Physiological action of certain drugs in tablet form - Number 52A
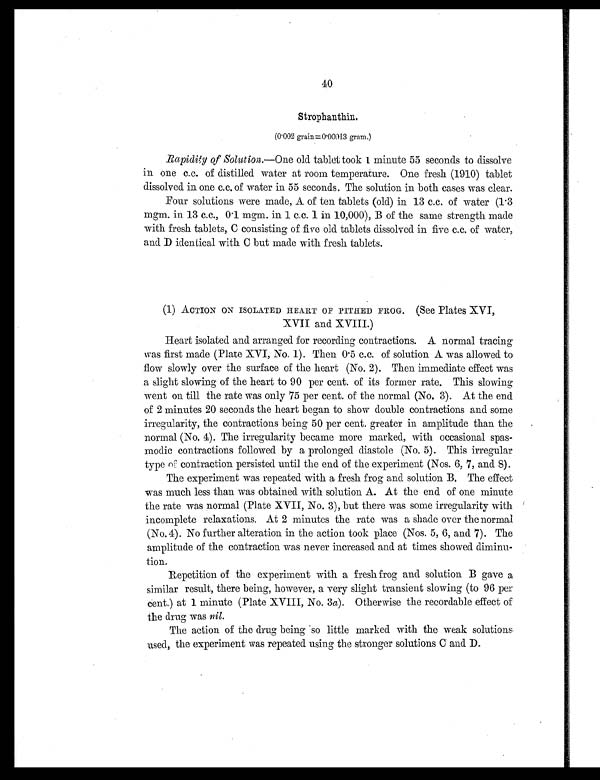
40
Strophanthin.
(0.002 grain=0.00013 gram.)
Rapidity of Solution. —One old tablet took 1 minute 55 seconds to dissolve
in one c.c. of distilled water at room temperature. One fresh (1910) tablet
dissolved in one c.c. of water in 55 seconds. The solution in both cases was clear.
Four solutions were made, A of ten tablets (old) in 13 c.c. of water (1.3
mgm. i n 13 c. c. , 0. 1 mgm. i n 1 c. c. 1 i n 10, 000), B of t he same st rengt h made
with fresh tablets, C consisting of five old tablets dissolved in five c.c. of water,
and D identical with C but made with fresh tablets.
(1) ACTION ON ISOLATED HEART OF PITHED FROG. (See Plates XVI,
XVII and XVIII.)
Heart isolated and arranged for recording contractions. A normal tracing
was first made (Plate XVI, No. 1). Then 0.5 c.c. of solution A was allowed to
flow slowly over the surface of the heart (No. 2). Then immediate effect was
a slight slowing of the heart to 90 per cent. of its former rate. This slowing
went on till the rate was only 75 per cent. of the normal (No. 3). At the end
of 2 minutes 20 seconds the heart began to show double contractions and some
irregularity, the contractions being 50 per cent. greater in amplitude than the
normal (No. 4). The irregularity became more marked, with occasional spas-
modic contractions followed by a prolonged diastole (No. 5). This irregular
type of contraction persisted until the end of the experiment (Nos. 6, 7, and 8).
The experiment was repeated with a fresh frog and solution B. The effect
was much less than was obtained with solution A. At the end of one minute
the rate was normal (Plate XVII, No. 3), but there was some irregularity with
incomplete relaxations. At 2 minutes the rate was a shade over the normal
(No. 4). No further alteration in the action took place (Nos. 5, 6, and 7). The
amplitude of the contraction was never increased and at times showed diminu-
tion.
Repetition of the experiment with a fresh frog and solution B gave a
similar result, there being, however, a very slight transient slowing (to 96 per
cent.) at 1 minute (Plate XVIII, No. 3 a). Otherwise the recordable effect of
the drug was nil.
The action of the drug being so little marked with the weak solutions
used, the experiment was repeated using the stronger solutions C and D.